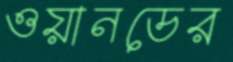
ওয়ানডের